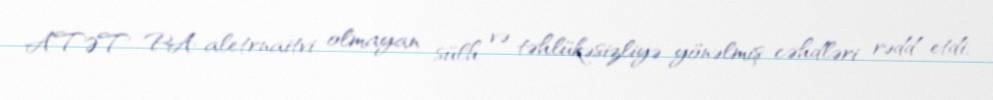
ATƏT PA aletrnaitvi olmayan sülh və təhlükəsizliyə yönəlmiş cəhdləri rədd etdi,